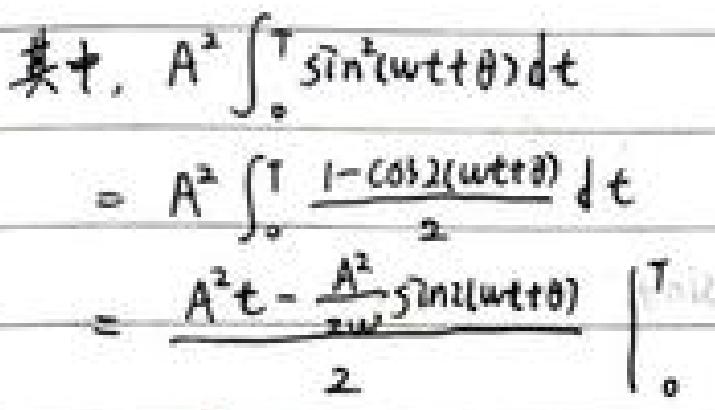
其中, $A^{2}\int_{0}^{T}\sin^{2}(\omega t + \theta)dt$
$=A^{2}\int_{0}^{T}\frac{1 - \cos 2(\omega t + \theta)}{2}dt$
$=\frac{A^{2}t-\frac{A^{2}}{2\omega}\sin 2(\omega t + \theta)}{2}\big|_{0}^{T}$